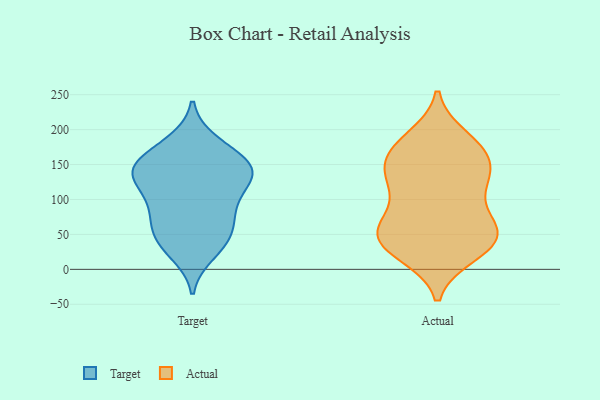
{"axis": {"x": "Latency (ms)", "y": "Value"}, "legend": ["Actual", "Target"], "data": [{"x": "", "y": 177, "type": "Target"}, {"x": "", "y": 105, "type": "Target"}, {"x": "", "y": 36, "type": "Target"}, {"x": "", "y": 23, "type": "Target"}, {"x": "", "y": 136, "type": "Target"}, {"x": "", "y": 136, "type": "Target"}, {"x": "", "y": 182, "type": "Target"}, {"x": "", "y": 71, "type": "Target"}, {"x": "", "y": 131, "type": "Target"}, {"x": "", "y": 98, "type": "Target"}, {"x": "", "y": 151, "type": "Target"}, {"x": "", "y": 148, "type": "Target"}, {"x": "", "y": 149, "type": "Target"}, {"x": "", "y": 149, "type": "Target"}, {"x": "", "y": 81, "type": "Target"}, {"x": "", "y": 69, "type": "Target"}, {"x": "", "y": 47, "type": "Target"}, {"x": "", "y": 127, "type": "Target"}, {"x": "", "y": 41, "type": "Target"}, {"x": "", "y": 44, "type": "Actual"}, {"x": "", "y": 134, "type": "Actual"}, {"x": "", "y": 71, "type": "Actual"}, {"x": "", "y": 188, "type": "Actual"}, {"x": "", "y": 123, "type": "Actual"}, {"x": "", "y": 25, "type": "Actual"}, {"x": "", "y": 158, "type": "Actual"}, {"x": "", "y": 175, "type": "Actual"}, {"x": "", "y": 140, "type": "Actual"}, {"x": "", "y": 50, "type": "Actual"}, {"x": "", "y": 118, "type": "Actual"}, {"x": "", "y": 171, "type": "Actual"}, {"x": "", "y": 46, "type": "Actual"}, {"x": "", "y": 68, "type": "Actual"}, {"x": "", "y": 44, "type": "Actual"}, {"x": "", "y": 36, "type": "Actual"}, {"x": "", "y": 129, "type": "Actual"}, {"x": "", "y": 175, "type": "Actual"}, {"x": "", "y": 22, "type": "Actual"}, {"x": "", "y": 72, "type": "Actual"}]}